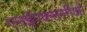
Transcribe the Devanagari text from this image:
एनईएक्ससीओ